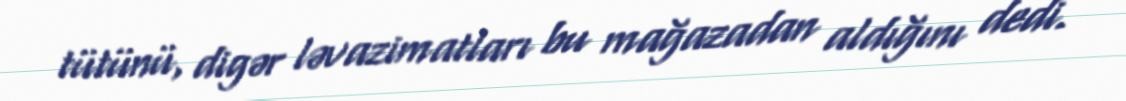
tütünü, digər ləvazimatları bu mağazadan aldığını dedi.